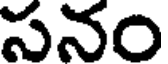
సనం